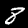
Label: 8